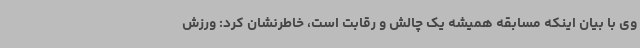
وی با بیان اینکه مسابقه همیشه یک چالش و رقابت است، خاطرنشان کرد: ورزش